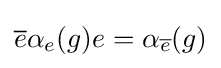
{\overline {e}}\alpha _{e}(g)e=\alpha _{\overline {e}}(g)